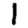
Digit: 1